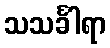
သသင်္ခါရာ